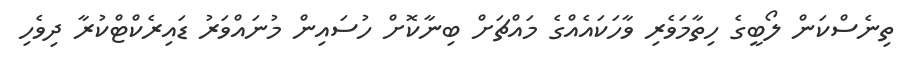
ތިނެސްކަން ލޯބީގެ ހިތާމަވެރި ވާހަކައެއްގެ މައްޗަށް ބިނާކޮށް ހުސައިން މުނައްވަރު ޑައިރެކްޓްކުރާ ދިވެހި